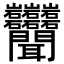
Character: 𬚩